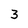
Character: 3